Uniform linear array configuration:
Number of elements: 48
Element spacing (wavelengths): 0.75
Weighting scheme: cosine
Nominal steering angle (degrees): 30
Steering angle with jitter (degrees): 29.898
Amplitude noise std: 0.05
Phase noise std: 0.05

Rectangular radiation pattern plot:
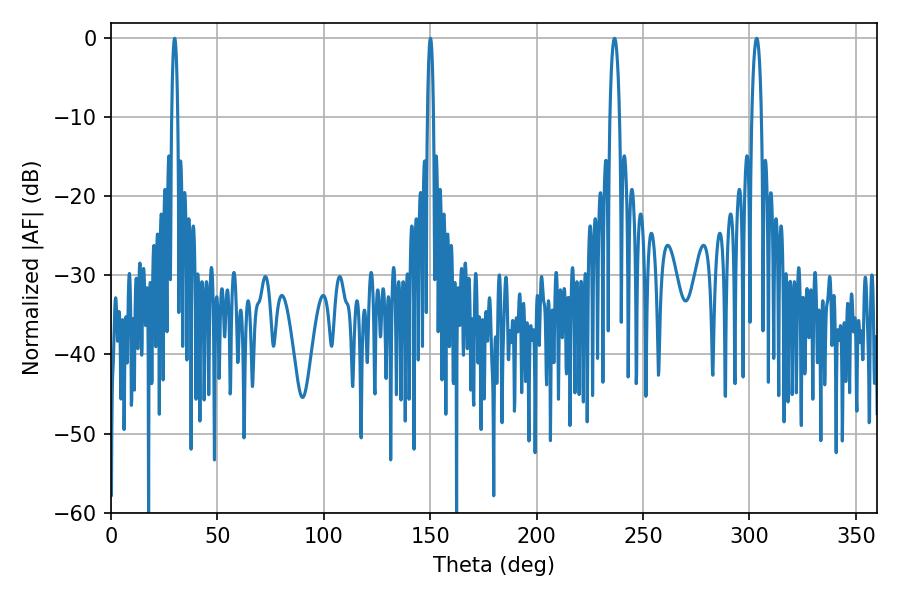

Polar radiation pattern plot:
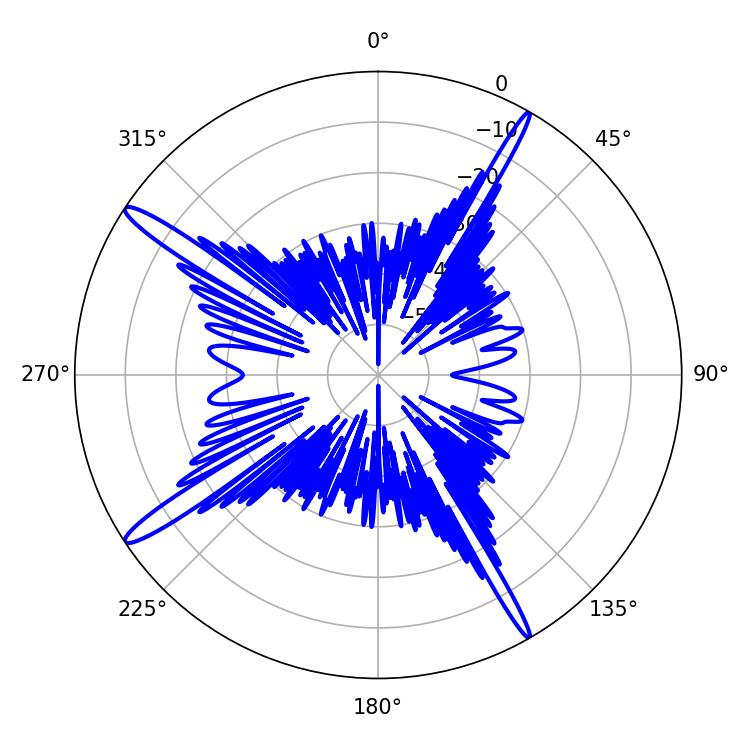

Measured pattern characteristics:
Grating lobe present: TRUE
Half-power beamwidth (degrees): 1.44
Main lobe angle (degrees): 150.12